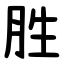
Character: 胜